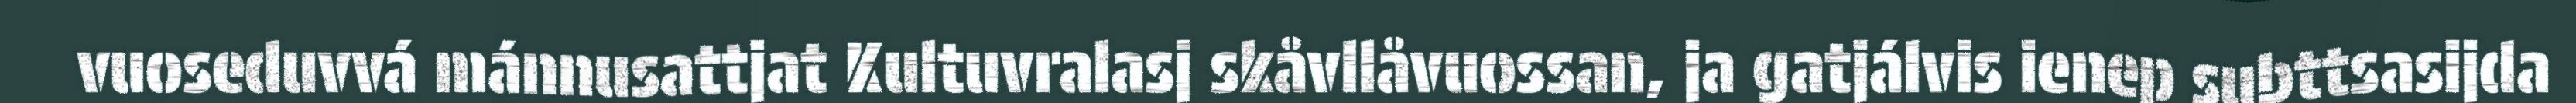
vuoseduvvá mánnusattjat Kultuvralasj skåvllåvuossan, ja gatjálvis ienep subttsasijda